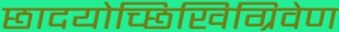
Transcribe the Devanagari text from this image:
छादयोच्छिखिग्रिवेण